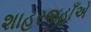
શાહરજહાઁએ